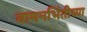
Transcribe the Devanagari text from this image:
वामनभिंतीच्या